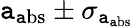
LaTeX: \mathtt{a}_{\mathrm{{\mathtt{a}bs}}}\pm\sigma_{\mathtt{a}_{\mathrm{{\mathtt{a}bs}}}}